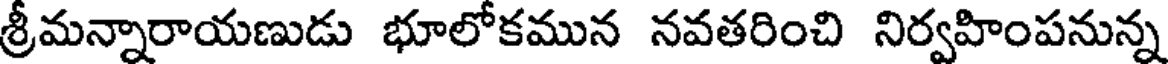
శ్రీమన్నారాయణుడు భూలోకమున నవతరించి నిర్వహింపనున్న